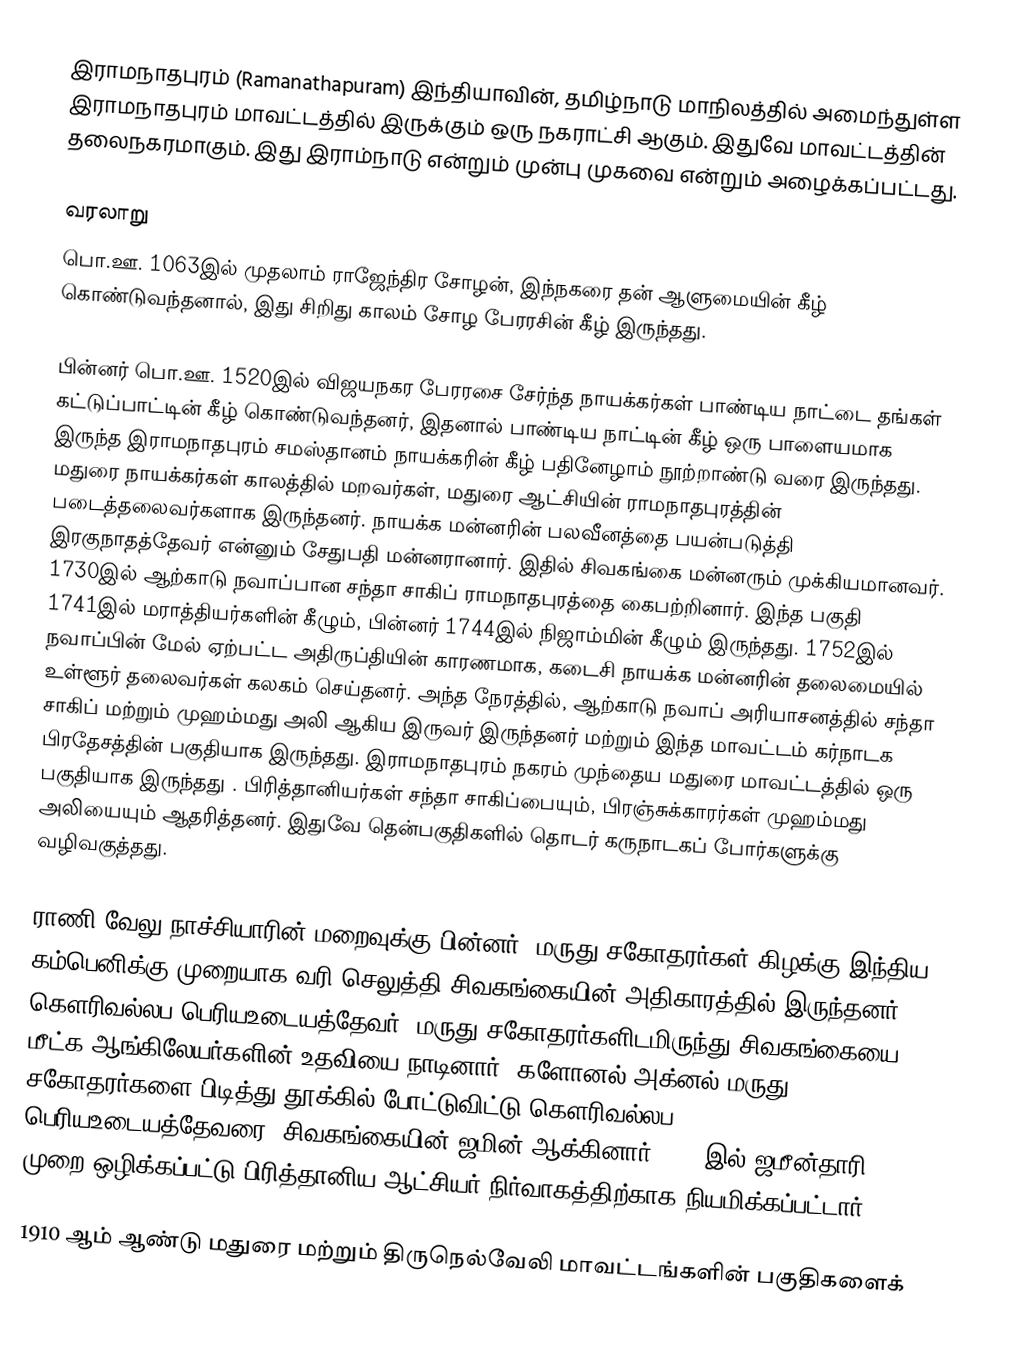
இராமநாதபுரம் (Ramanathapuram) இந்தியாவின், தமிழ்நாடு மாநிலத்தில் அமைந்துள்ள இராமநாதபுரம் மாவட்டத்தில் இருக்கும் ஒரு நகராட்சி ஆகும். இதுவே மாவட்டத்தின் தலைநகரமாகும். இது இராம்நாடு என்றும் முன்பு முகவை என்றும் அழைக்கப்பட்டது.

வரலாறு
பொ.ஊ. 1063இல் முதலாம் ராஜேந்திர சோழன், இந்நகரை தன் ஆளுமையின் கீழ் கொண்டுவந்தனால், இது சிறிது காலம் சோழ பேரரசின் கீழ் இருந்தது.

பின்னர் பொ.ஊ. 1520இல் விஜயநகர பேரரசை சேர்ந்த நாயக்கர்கள் பாண்டிய நாட்டை தங்கள் கட்டுப்பாட்டின் கீழ் கொண்டுவந்தனர், இதனால் பாண்டிய நாட்டின் கீழ் ஒரு பாளையமாக இருந்த இராமநாதபுரம் சமஸ்தானம் நாயக்கரின் கீழ் பதினேழாம் நூற்றாண்டு வரை இருந்தது. மதுரை நாயக்கர்கள் காலத்தில் மறவர்கள், மதுரை ஆட்சியின் ராமநாதபுரத்தின் படைத்தலைவர்களாக இருந்தனர். நாயக்க மன்னரின் பலவீனத்தை பயன்படுத்தி இரகுநாதத்தேவர் என்னும் சேதுபதி மன்னரானார். இதில் சிவகங்கை மன்னரும் முக்கியமானவர். 1730இல் ஆற்காடு நவாப்பான சந்தா சாகிப் ராமநாதபுரத்தை கைபற்றினார். இந்த பகுதி 1741இல் மராத்தியர்களின் கீழும், பின்னர் 1744இல் நிஜாம்மின் கீழும் இருந்தது. 1752இல் நவாப்பின் மேல் ஏற்பட்ட அதிருப்தியின் காரணமாக, கடைசி நாயக்க மன்னரின் தலைமையில் உள்ளூர் தலைவர்கள் கலகம் செய்தனர். அந்த நேரத்தில், ஆற்காடு நவாப் அரியாசனத்தில் சந்தா சாகிப் மற்றும் முஹம்மது அலி ஆகிய இருவர் இருந்தனர் மற்றும் இந்த மாவட்டம் கர்நாடக பிரதேசத்தின் பகுதியாக இருந்தது.  இராமநாதபுரம் நகரம் முந்தைய மதுரை மாவட்டத்தில் ஒரு பகுதியாக இருந்தது . பிரித்தானியர்கள் சந்தா சாகிப்பையும், பிரஞ்சுக்காரர்கள் முஹம்மது அலியையும் ஆதரித்தனர். இதுவே தென்பகுதிகளில் தொடர் கருநாடகப் போர்களுக்கு வழிவகுத்தது.

ராணி வேலு நாச்சியாரின் மறைவுக்கு பின்னர், மருது சகோதரர்கள் கிழக்கு இந்திய கம்பெனிக்கு முறையாக வரி செலுத்தி சிவகங்கையின் அதிகாரத்தில் இருந்தனர். கௌரிவல்லப பெரியஉடையத்தேவர், மருது சகோதரர்களிடமிருந்து சிவகங்கையை மீட்க ஆங்கிலேயர்களின் உதவியை நாடினார். களோனல் அக்னல் மருது சகோதரர்களை பிடித்து தூக்கில் போட்டுவிட்டு கௌரிவல்லப பெரியஉடையத்தேவரை, சிவகங்கையின் ஜமின் ஆக்கினார். 1892இல் ஜமீன்தாரி முறை ஒழிக்கப்பட்டு பிரித்தானிய ஆட்சியர் நிர்வாகத்திற்காக நியமிக்கப்பட்டார்.

1910 ஆம் ஆண்டு மதுரை மற்றும் திருநெல்வேலி மாவட்டங்களின் பகுதிகளைக்